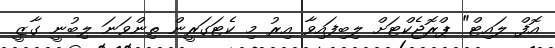
އޮފް ލައިޓް" ޕްރޮޖެކްޓަށް ލިބިފައިވާ އިރު މި ކެޓަގަރީން ތިންވަނަ ލިބުނީ ގާޒީ